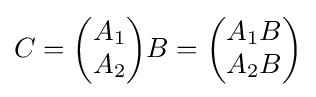
C={\begin{pmatrix}A_{1}\\A_{2}\end{pmatrix}}{B}={\begin{pmatrix}A_{1}B\\A_{2}B\end{pmatrix}}